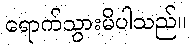
ရောက်သွားမိပါသည်။